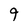
Character: 9